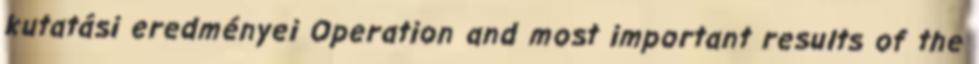
kutatási eredményei Operation and most important results of the